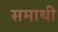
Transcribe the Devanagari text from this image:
समाथी